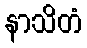
နာသိတံ